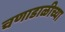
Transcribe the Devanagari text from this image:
चणाडाळीच्या